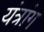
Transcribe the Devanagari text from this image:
यंत्रांग